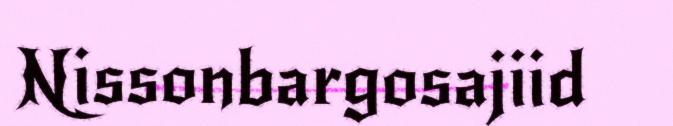
Nissonbargosajiid